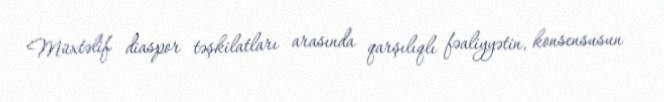
Müxtəlif diaspor təşkilatları arasında qarşılıqlı fəaliyyətin, konsensusun